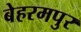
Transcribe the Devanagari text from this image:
बेहरमपुर